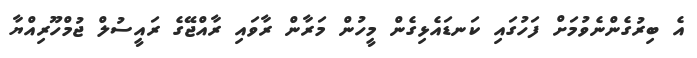
އެ ބިރުގެންނެވުމަށް ފަހުގައި ކަނޑައެޅިގެން މީހުން މަރާން ރާވައި ރާއްޖޭގެ ރައީސުލް ޖުމްހޫރިއްޔާ